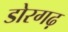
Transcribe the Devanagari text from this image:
डोरगढ़